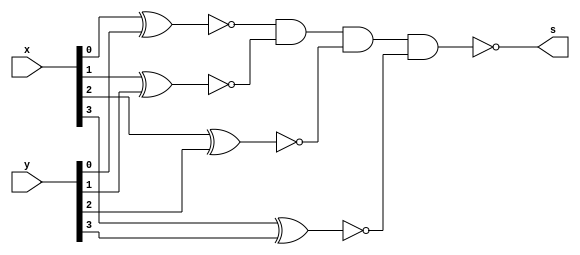
// ------------------------- 
// Exemplo0024 - Diferena 
// Nome:Guilherme Diniz de Assumpo
// ------------------------- 


module funcao(output s, input[3:0]x, input[3:0]y);
	wire [3:0]aux;
	xnor xnor1(aux[0],x[0],y[0]);
	xnor xnor2(aux[1],x[1],y[1]);
	xnor xnor3(aux[2],x[2],y[2]);
	xnor xnor4(aux[3],x[3],y[3]);
	nand nand1(s,aux[0],aux[1],aux[2],aux[3]);
endmodule //funcao

module principal;
	reg [3:0]a,b;
	wire s;
	
	funcao f1(s,a,b);
	
	initial begin
		a = 0; b = 0;
		$display("Exemplo0024 - Guilherme Diniz de Assumpo - 462269"); 
		$display("Test LU's different");
		$display("  a  -   b  =    s");
		$monitor("%4b - %4b = %4b",a,b,s);
		#1 b = 1; #1 b = 2; #1 b = 3; #1 b = 4;
		#1 b = 5; #1 b = 6; #1 b = 7; #1 b = 8;
		#1 b = 9; #1 b = 10; #1 b = 11; #1 b = 12;
		#1 b = 13; #1 b = 14; #1 b = 15;
		
		#1 a = 1; b = 0;
		#1 b = 1; #1 b = 2; #1 b = 3; #1 b = 4;
		#1 b = 5; #1 b = 6; #1 b = 7; #1 b = 8;
		#1 b = 9; #1 b = 10; #1 b = 11; #1 b = 12;
		#1 b = 13; #1 b = 14; #1 b = 15;
		
		#1 a = 2; b = 0;
		#1 b = 1; #1 b = 2; #1 b = 3; #1 b = 4;
		#1 b = 5; #1 b = 6; #1 b = 7; #1 b = 8;
		#1 b = 9; #1 b = 10; #1 b = 11; #1 b = 12;
		#1 b = 13; #1 b = 14; #1 b = 15;
		
		#1 a = 3; b = 0;
		#1 b = 1; #1 b = 2; #1 b = 3; #1 b = 4;
		#1 b = 5; #1 b = 6; #1 b = 7; #1 b = 8;
		#1 b = 9; #1 b = 10; #1 b = 11; #1 b = 12;
		#1 b = 13; #1 b = 14; #1 b = 15;
		
		#1 a = 4; b = 0;
		#1 b = 1; #1 b = 2; #1 b = 3; #1 b = 4;
		#1 b = 5; #1 b = 6; #1 b = 7; #1 b = 8;
		#1 b = 9; #1 b = 10; #1 b = 11; #1 b = 12;
		#1 b = 13; #1 b = 14; #1 b = 15;
		
		#1 a = 5; b = 0;
		#1 b = 1; #1 b = 2; #1 b = 3; #1 b = 4;
		#1 b = 5; #1 b = 6; #1 b = 7; #1 b = 8;
		#1 b = 9; #1 b = 10; #1 b = 11; #1 b = 12;
		#1 b = 13; #1 b = 14; #1 b = 15;
		
		#1 a = 6; b = 0;
		#1 b = 1; #1 b = 2; #1 b = 3; #1 b = 4;
		#1 b = 5; #1 b = 6; #1 b = 7; #1 b = 8;
		#1 b = 9; #1 b = 10; #1 b = 11; #1 b = 12;
		#1 b = 13; #1 b = 14; #1 b = 15;
		
		#1 a = 7; b = 0;
		#1 b = 1; #1 b = 2; #1 b = 3; #1 b = 4;
		#1 b = 5; #1 b = 6; #1 b = 7; #1 b = 8;
		#1 b = 9; #1 b = 10; #1 b = 11; #1 b = 12;
		#1 b = 13; #1 b = 14; #1 b = 15;
		
		#1 a = 8; b = 0;
		#1 b = 1; #1 b = 2; #1 b = 3; #1 b = 4;
		#1 b = 5; #1 b = 6; #1 b = 7; #1 b = 8;
		#1 b = 9; #1 b = 10; #1 b = 11; #1 b = 12;
		#1 b = 13; #1 b = 14; #1 b = 15;
		
		#1 a = 9; b = 0;
		#1 b = 1; #1 b = 2; #1 b = 3; #1 b = 4;
		#1 b = 5; #1 b = 6; #1 b = 7; #1 b = 8;
		#1 b = 9; #1 b = 10; #1 b = 11; #1 b = 12;
		#1 b = 13; #1 b = 14; #1 b = 15;
		
		#1 a = 10; b = 0;
		#1 b = 1; #1 b = 2; #1 b = 3; #1 b = 4;
		#1 b = 5; #1 b = 6; #1 b = 7; #1 b = 8;
		#1 b = 9; #1 b = 10; #1 b = 11; #1 b = 12;
		#1 b = 13; #1 b = 14; #1 b = 15;
		
		#1 a = 11; b = 0;
		#1 b = 1; #1 b = 2; #1 b = 3; #1 b = 4;
		#1 b = 5; #1 b = 6; #1 b = 7; #1 b = 8;
		#1 b = 9; #1 b = 10; #1 b = 11; #1 b = 12;
		#1 b = 13; #1 b = 14; #1 b = 15;
		
		#1 a = 12; b = 0;
		#1 b = 1; #1 b = 2; #1 b = 3; #1 b = 4;
		#1 b = 5; #1 b = 6; #1 b = 7; #1 b = 8;
		#1 b = 9; #1 b = 10; #1 b = 11; #1 b = 12;
		#1 b = 13; #1 b = 14; #1 b = 15;
		
		#1 a = 13; b = 0;
		#1 b = 1; #1 b = 2; #1 b = 3; #1 b = 4;
		#1 b = 5; #1 b = 6; #1 b = 7; #1 b = 8;
		#1 b = 9; #1 b = 10; #1 b = 11; #1 b = 12;
		#1 b = 13; #1 b = 14; #1 b = 15;
		
		#1 a = 14; b = 0;
		#1 b = 1; #1 b = 2; #1 b = 3; #1 b = 4;
		#1 b = 5; #1 b = 6; #1 b = 7; #1 b = 8;
		#1 b = 9; #1 b = 10; #1 b = 11; #1 b = 12;
		#1 b = 13; #1 b = 14; #1 b = 15;
		
		#1 a = 15; b = 0;
		#1 b = 1; #1 b = 2; #1 b = 3; #1 b = 4;
		#1 b = 5; #1 b = 6; #1 b = 7; #1 b = 8;
		#1 b = 9; #1 b = 10; #1 b = 11; #1 b = 12;
		#1 b = 13; #1 b = 14; #1 b = 15;
	end
endmodule //principal